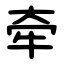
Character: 牵